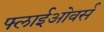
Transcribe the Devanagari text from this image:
फ्लाईओवर्स